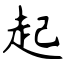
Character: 起